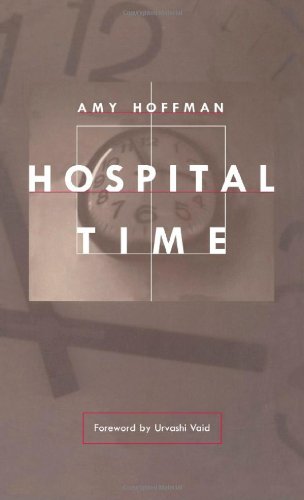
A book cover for Hospital Time; Amy Hoffman; Health, Fitness & Dieting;